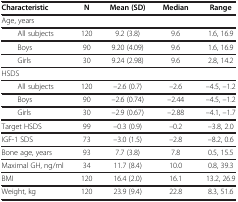
<table><thead><tr><td><b>Characteristic</b></td><td><b>N</b></td><td><b>Mean (SD)</b></td><td><b>Median</b></td><td><b>Range</b></td></tr></thead><tbody><tr><td>Age, years</td><td> </td><td> </td><td> </td><td> </td></tr><tr><td>All subjects</td><td>120</td><td>9.2 (3.8)</td><td>9.6</td><td>1.6, 16.9</td></tr><tr><td>Boys</td><td>90</td><td>9.20 (4.09)</td><td>9.6</td><td>1.6, 16.9</td></tr><tr><td>Girls</td><td>30</td><td>9.24 (2.98)</td><td>9.6</td><td>2.8, 14.2</td></tr><tr><td>HSDS</td><td> </td><td> </td><td> </td><td> </td></tr><tr><td>All subjects</td><td>120</td><td>–2.6 (0.7)</td><td>–2.6</td><td>–4.5, –1.2</td></tr><tr><td>Boys</td><td>90</td><td>–2.6 (0.74)</td><td>–2.44</td><td>–4.5, –1.2</td></tr><tr><td>Girls</td><td>30</td><td>–2.9 (0.67)</td><td>–2.88</td><td>–4.1, –1.7</td></tr><tr><td>Target HSDS</td><td>99</td><td>–0.3 (0.9)</td><td>–0.2</td><td>–3.8, 2.0</td></tr><tr><td>IGF-1 SDS</td><td>73</td><td>–3.0 (1.5)</td><td>–2.8</td><td>–8.2, 0.6</td></tr><tr><td>Bone age, years</td><td>93</td><td>7.7 (3.8)</td><td>7.8</td><td>0.5, 15.5</td></tr><tr><td>Maximal GH, ng/ml</td><td>34</td><td>11.7 (8.4)</td><td>10.0</td><td>0.8, 39.3</td></tr><tr><td>BMI</td><td>120</td><td>16.4 (2.0)</td><td>16.1</td><td>13.2, 26.9</td></tr><tr><td>Weight, kg</td><td>120</td><td>23.9 (9.4)</td><td>22.8</td><td>8.3, 51.6</td></tr></tbody></table>